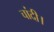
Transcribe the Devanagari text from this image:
चांदी।